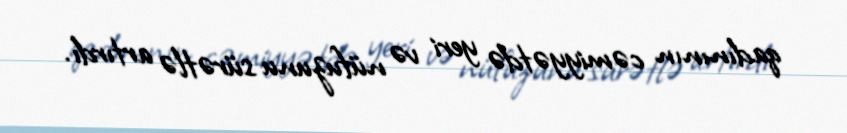
qadınının cəmiyyətdə yeri və nüfuzunu sürətlə artırdı.